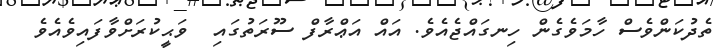
ތެދުކަންވެސް ހާމަވެގެން ހިނގައްޖެއެވެ. އައް އަޢްރާފް ސޫރަތުގައި  ވަޙީކުރަށްވާފައިވެއެވެ